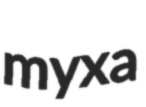
myxa